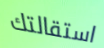
استقالتك